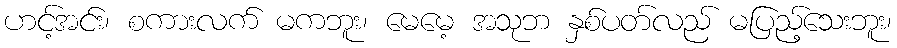
ဟင့်အင်း၊ စကားလက် မကဘူး၊ မေမေ့ အသုဘ နှစ်ပတ်လည် မပြည့်သေးဘူး၊